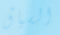
السياق